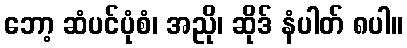
ဘော့ ဆံပင်ပုံစံ၊ အညို၊ ဆိုဒ် နံပါတ် ၈ပါ။